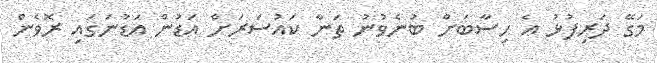
މަގޭ ދަރިފުޅު އެ ހިސާބަށް ބުނެވުނު ތަނާ ކައުސަރަށް އަޑުން އަޑުނަގައި ރޮވެން